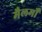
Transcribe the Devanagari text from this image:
मैलमों